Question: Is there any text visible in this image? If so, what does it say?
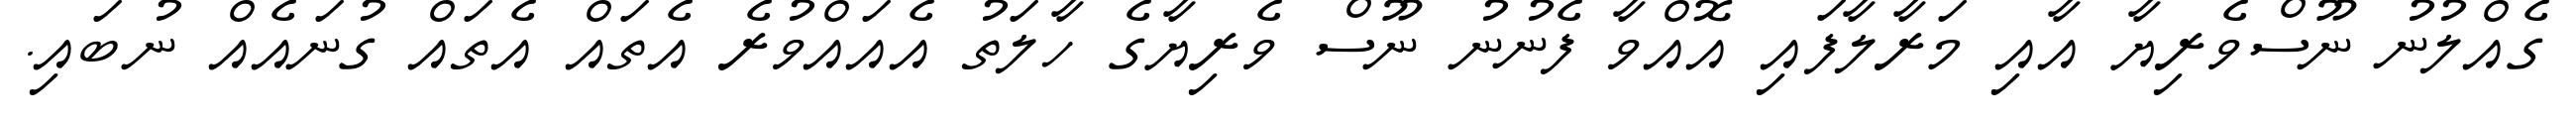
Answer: ގެއްލުނު ނޫސްވެރިޔާ އާއި މަރާލާފައި އޮއްވާ ފެނުނު ނޫސް ވެރިޔާގެ ހާލަތު އެއައްވުރެ އެތައް އެތައް ގުނައެއް ނުބައި.